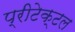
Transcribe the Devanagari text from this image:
प्रीटेक्टल